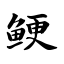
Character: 鲠